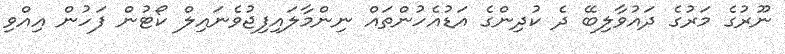
ނޫރުގެ މަރުގެ ދައުވާލިބޭ ދެ ކުދިންގެ އަޑުއެހުންތައް ނިންމާލައިފިޖުވެނައިލް ކޯޓުން ފަހުން އިއްވި